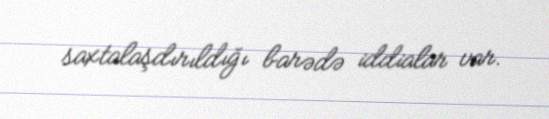
saxtalaşdırıldığı barədə iddialar var.